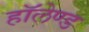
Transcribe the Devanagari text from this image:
हॉलेण्ड